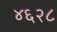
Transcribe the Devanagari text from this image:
४६२८